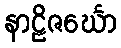
နာဠိဇင်္ဃော